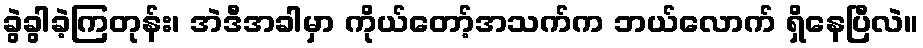
ခွဲခွါခဲ့ကြတုန်း၊ အဲဒီအခါမှာ ကိုယ်တော့်အသက်က ဘယ်လောက် ရှိနေပြီလဲ။